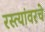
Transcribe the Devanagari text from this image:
रस्त्यांवरचे